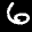
Label: 6